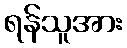
ရန်သူအား